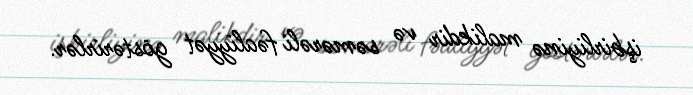
işbirliyinə malikdir və səmərəli fəaliyyət göstərirlər.